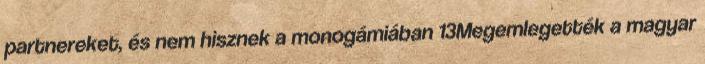
partnereket, és nem hisznek a monogámiában 13Megemlegették a magyar